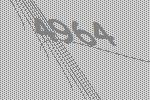
4964